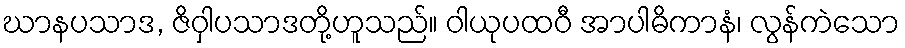
ဃာနပသာဒ, ဇိဝှါပသာဒတို့ဟူသည်။ ဝါယုပထဝီ အာပါဓိကာနံ၊ လွန်ကဲသော